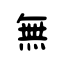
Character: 無